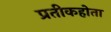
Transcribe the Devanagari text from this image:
प्रतीकहोता